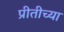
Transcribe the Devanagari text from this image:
प्रीतीच्या